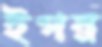
ইগর